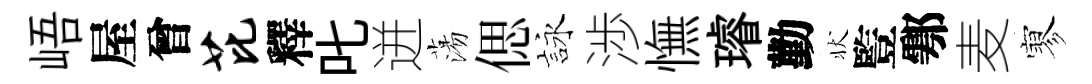
峿屋曾芘釋叱迸蕩偲詠渉憮璿勤状䜿鄠麦寥